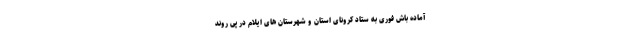
آماده باش فوری به ستاد کرونای استان و شهرستان های ایلام در پی روند